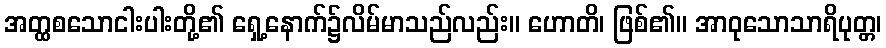
အတ္ထစသောငါးပါးတို့၏ ရှေ့နောက်၌လိမ်မာသည်လည်း။ ဟောတိ၊ ဖြစ်၏။ အာဝုသောသာရိပုတ္တ၊